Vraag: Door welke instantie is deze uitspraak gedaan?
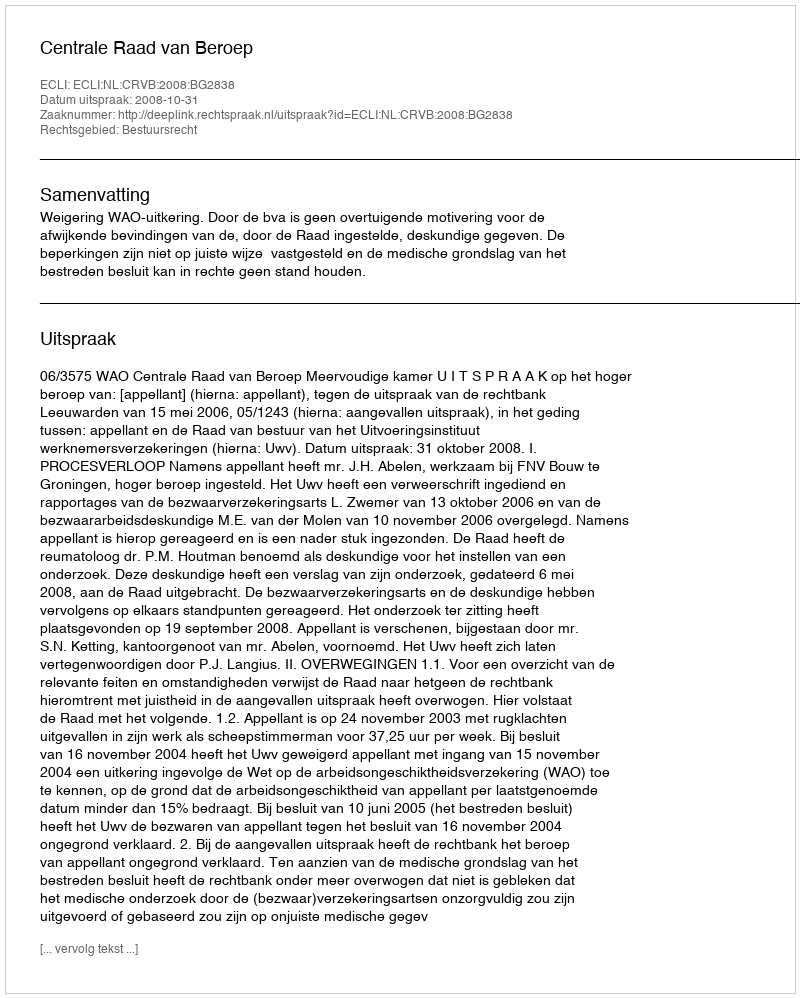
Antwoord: Centrale Raad van Beroep